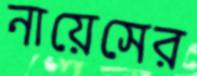
নায়েসের